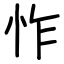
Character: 怍